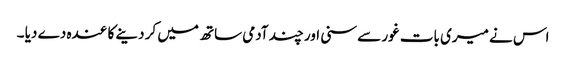
اس نے میری بات غور سے سنی اور چند آدمی ساتھ میں کر دینے کا عندہ دے دیا ۔